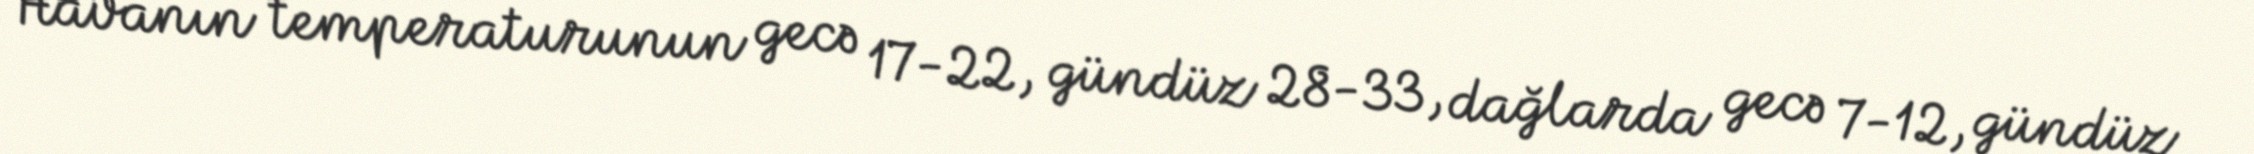
Havanın temperaturunun gecə 17-22, gündüz 28-33, dağlarda gecə 7-12, gündüz